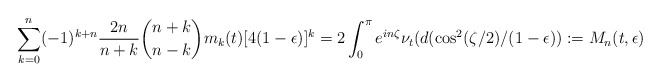
\begin{align*} \sum_{k=0}^n(-1)^{k+n} \frac{2n}{n+k}\binom{n+k}{n-k} m_k(t)[4(1-\epsilon)]^k = 2\int_0^{\pi}e^{in\zeta} \nu_t(d(\cos^2(\zeta/2)/(1-\epsilon)):= M_n(t,\epsilon)\end{align*}